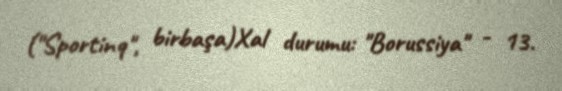
("Sportinq", birbaşa)Xal durumu: "Borussiya" - 13.